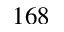
1 6 8